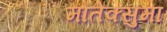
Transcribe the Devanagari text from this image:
मॉतेक्सुमा